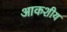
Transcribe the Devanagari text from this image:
आकशीय